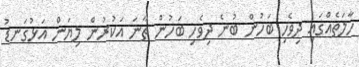
ހާލަތެއްގައި ދިވެހި ބަހުން ބުނެ ދިވެހި ބަހުން ތާނަ އަކުރުން ލިޔަން އަޅުގަނޑު